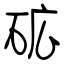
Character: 砿